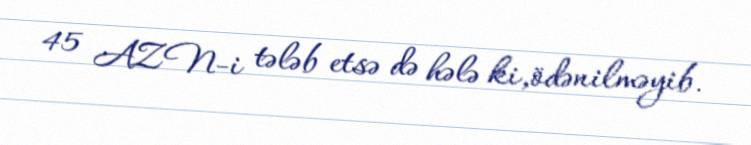
45 AZN-i tələb etsə də hələ ki,ödənilməyib.